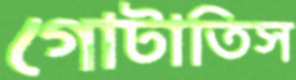
গোটাতিস